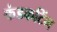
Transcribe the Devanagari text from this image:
कंडकटिंग